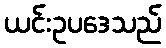
ယင်းဥပဒေသည်